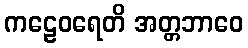
ကဠေဝရေတိ အတ္တဘာဝေ